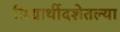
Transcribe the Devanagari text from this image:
विद्यार्थीदशेतल्या